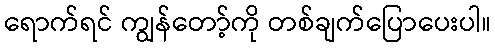
ရောက်ရင် ကျွန်တော့်ကို တစ်ချက်ပြောပေးပါ။